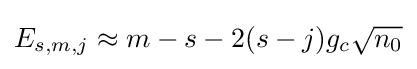
E_{s,m,j}\approx m-s-2(s-j)g_{c}{\sqrt {n_{0}}}